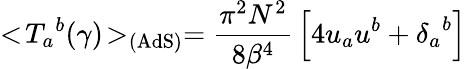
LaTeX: <\! {{T}_{a}}^{b}(\gamma)\! >_{\mathrm{(AdS)}}={\frac{\pi^{2}N^{2}}{8{\beta}^{4}}}\left[4u_{a}u^{b}+{{\delta}_{a}}^{b}\right]